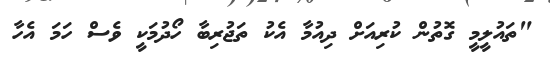
"ތައުލީމީ ގޮތުން ކުރިއަށް ދިއުމާ އެކު ތަޖުރިބާ ހޯދުމަކީ ވެސް ހަމަ އެހާ